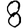
Digit: 8